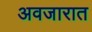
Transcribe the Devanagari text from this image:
अवजारात